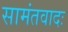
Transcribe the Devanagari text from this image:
सामंतवादः